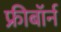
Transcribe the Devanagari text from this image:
फ्रीबॉर्न